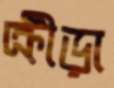
ক্রীড়া